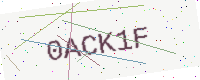
Text: 0ACK1F